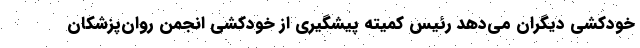
خودکشی دیگران می‌دهد رئیس کمیته پیشگیری از خودکشی انجمن روان‌پزشکان